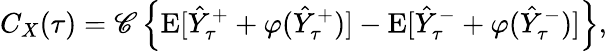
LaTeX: C_{X}(\tau)=\mathscr{C}\left\{ \mathrm{{E}}[\hat{{Y}}_{\tau}^{+}+\varphi(\hat{{Y}}_{\tau}^{+})]-\mathrm{{E}}[\hat{{Y}}_{\tau}^{-}+\varphi(\hat{{Y}}_{\tau}^{-})]\right\} ,